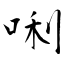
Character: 唎